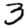
Digit: 3